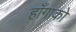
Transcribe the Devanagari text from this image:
हाँगाको